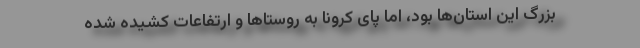
بزرگ این استان‌ها بود، اما پای کرونا به روستاها و ارتفاعات کشیده شده